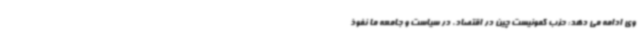
وی ادامه می دهد: حزب کمونیست چین در اقتصاد، در سیاست و جامعه ما نفوذ